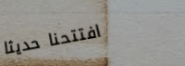
افتتحنا حديثاً